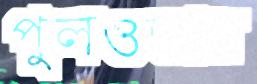
পুলওভার